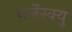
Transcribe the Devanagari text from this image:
बर्लेस्क्यु